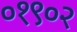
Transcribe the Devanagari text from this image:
०१९०२